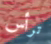
ترأس